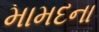
મામદના